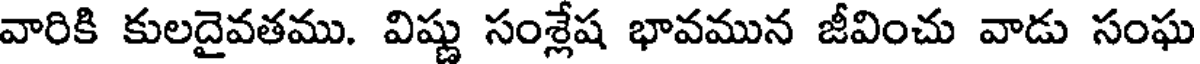
వారికి కులదైవతము. విష్ణు సంశ్లేష భావమున జీవించు వాడు సంఘ